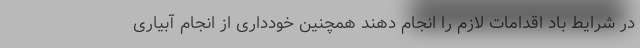
در شرایط باد اقدامات لازم را انجام دهند همچنین خودداری از انجام آبیاری